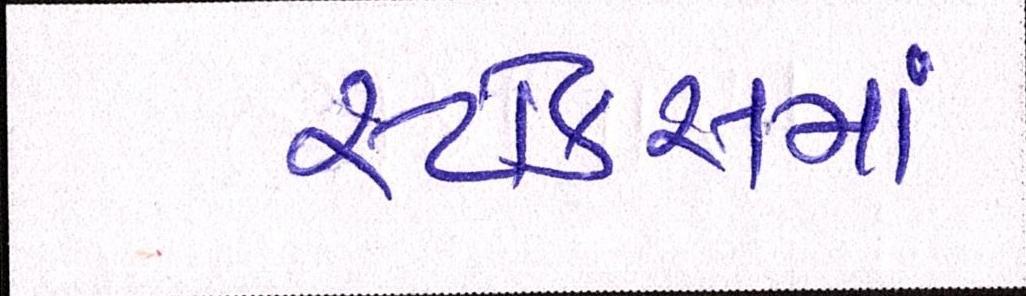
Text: સ્ટોક્સમાં